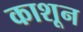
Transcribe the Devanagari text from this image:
काशून